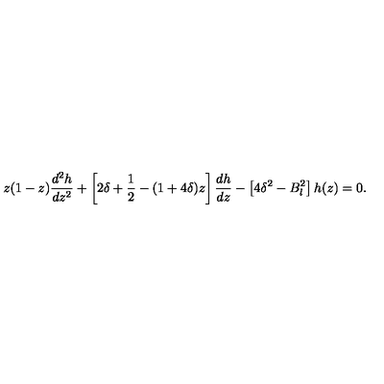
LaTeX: z ( 1 - z ) \frac { d ^ { 2 } h } { d z ^ { 2 } } + \left[ 2 \delta + { \frac { 1 } { 2 } } - ( 1 + 4 \delta ) z \right] \frac { d h } { d z } - \left[ 4 \delta ^ { 2 } - B _ { l } ^ { 2 } \right] h ( z ) = 0 .